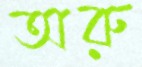
অরু